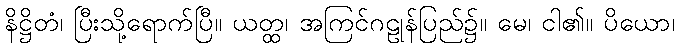
နိဋ္ဌိတံ၊ ပြီးသို့ရောက်ပြီ။ ယတ္ထ၊ အကြင်ဂဠုန်ပြည်၌။ မေ၊ ငါ၏။ ပိယော၊